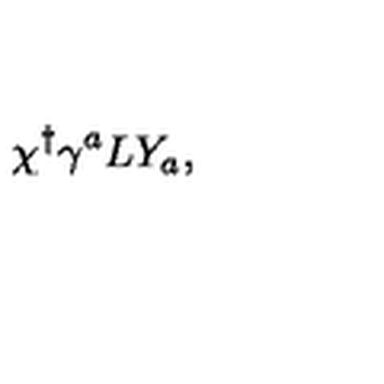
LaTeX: \chi ^ { \dagger } \gamma ^ { a } L Y _ { a } ,